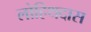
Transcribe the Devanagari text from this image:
लोहिथदास